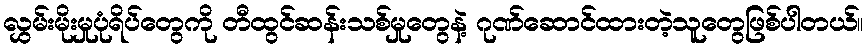
လွှမ်းမိုးမှုပုံရိပ်တွေကို တီထွင်ဆန်းသစ်မှုတွေနဲ့ ဂုဏ်ဆောင်ထားတဲ့သူတွေဖြစ်ပါတယ်။